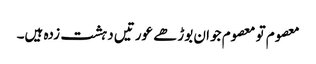
معصوم تو معصوم جوان بوڑھے عورتیں دہشت زدہ ہیں۔